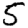
Digit: 5